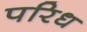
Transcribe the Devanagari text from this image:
परिध